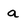
Character: a